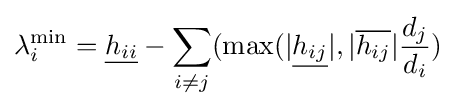
\lambda _{i}^{\min }={\underline {h_{ii}}}-\sum _{i\neq j}(\max(|{\underline {h_{ij}}}|,|{\overline {h_{ij}}}|{\frac {d_{j}}{d_{i}}})